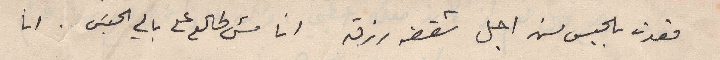
قعدت بالحبس من اجل شقفة رزق انا مش طالع على بالي الحبس . انا